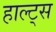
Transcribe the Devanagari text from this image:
हाल्ट्स